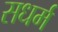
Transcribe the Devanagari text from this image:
सधर्म